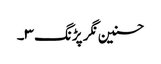
حسنین نگر پڑنگ ۳۔